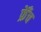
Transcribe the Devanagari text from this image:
फ्रेँच